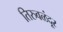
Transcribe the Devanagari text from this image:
तिरुवळंदूर